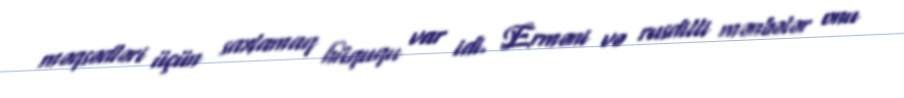
məqsədləri üçün saxlamaq hüququ var idi. Erməni və rusdilli mənbələr onu